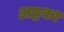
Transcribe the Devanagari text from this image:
अष्टका